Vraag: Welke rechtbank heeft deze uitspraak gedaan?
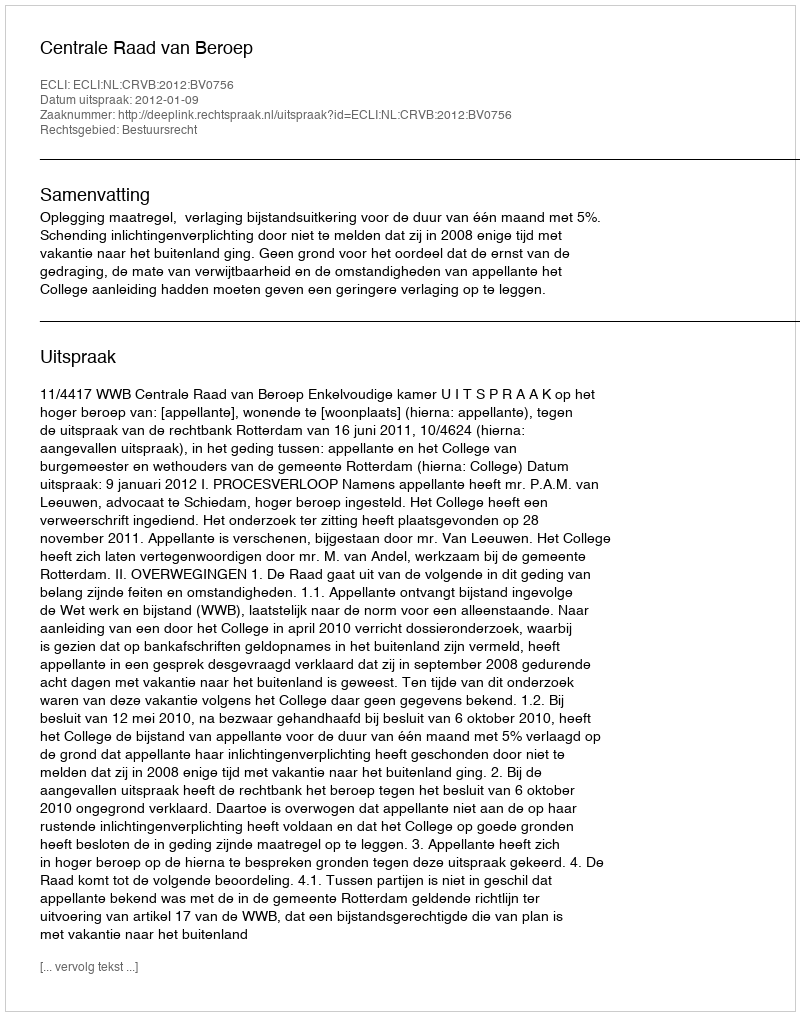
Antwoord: Centrale Raad van Beroep